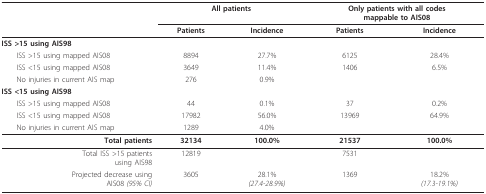
<table><thead><tr><td></td><td colspan="2"><b>All patients</b></td><td colspan="2"><b>Only patients with all codesmappable to AIS08</b></td></tr><tr><td></td><td><b>Patients</b></td><td><b>Incidence</b></td><td><b>Patients</b></td><td><b>Incidence</b></td></tr></thead><tbody><tr><td><b>ISS &gt;15 using AIS98</b></td><td></td><td></td><td></td><td></td></tr><tr><td> ISS &gt;15 using mapped AIS08</td><td>8894</td><td>27.7%</td><td>6125</td><td>28.4%</td></tr><tr><td> ISS &lt;15 using mapped AIS08</td><td>3649</td><td>11.4%</td><td>1406</td><td>6.5%</td></tr><tr><td> No injuries in current AIS map</td><td>276</td><td>0.9%</td><td></td><td></td></tr><tr><td><b>ISS &lt;15 using AIS98</b></td><td></td><td></td><td></td><td></td></tr><tr><td> ISS &gt;15 using mapped AIS08</td><td>44</td><td>0.1%</td><td>37</td><td>0.2%</td></tr><tr><td> ISS &lt;15 using mapped AIS08</td><td>17982</td><td>56.0%</td><td>13969</td><td>64.9%</td></tr><tr><td> No injuries in current AIS map</td><td>1289</td><td>4.0%</td><td></td><td></td></tr><tr><td><b>Total patients</b></td><td><b>32134</b></td><td><b>100.0%</b></td><td><b>21537</b></td><td><b>100.0%</b></td></tr><tr><td>Total ISS &gt;15 patientsusing AIS98</td><td>12819</td><td></td><td>7531</td><td></td></tr><tr><td>Projected decrease usingAIS08 <i>(95% CI)</i></td><td>3605</td><td>28.1%<i>(27.4-28.9%)</i></td><td>1369</td><td>18.2%<i>(17.3-19.1%)</i></td></tr></tbody></table>